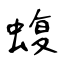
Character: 蝮